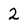
Character: 2